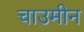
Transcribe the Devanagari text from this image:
चाउमीन